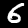
Label: 6